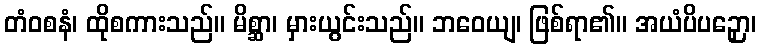
တံဝစနံ၊ ထိုစကားသည်။ မိစ္ဆာ၊ မှားယွင်းသည်။ ဘဝေယျ၊ ဖြစ်ရာ၏။ အယံပိပဉှော၊